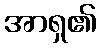
အာရှ၏